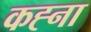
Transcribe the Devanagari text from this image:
कह्ना